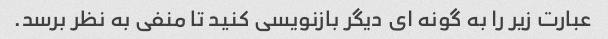
عبارت زیر را به گونه ای دیگر بازنویسی کنید تا منفی به نظر برسد.